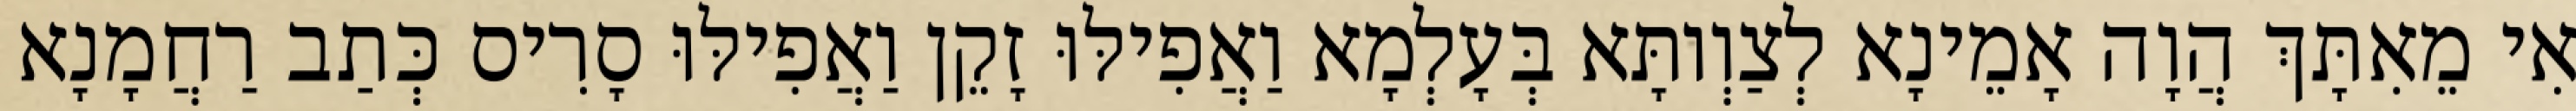
אִי מֵאִתָּךְ הֲוָה אָמֵינָא לְצַוְותָּא בְּעָלְמָא וַאֲפִילּוּ זָקֵן וַאֲפִילּוּ סָרִיס כְּתַב רַחֲמָנָא